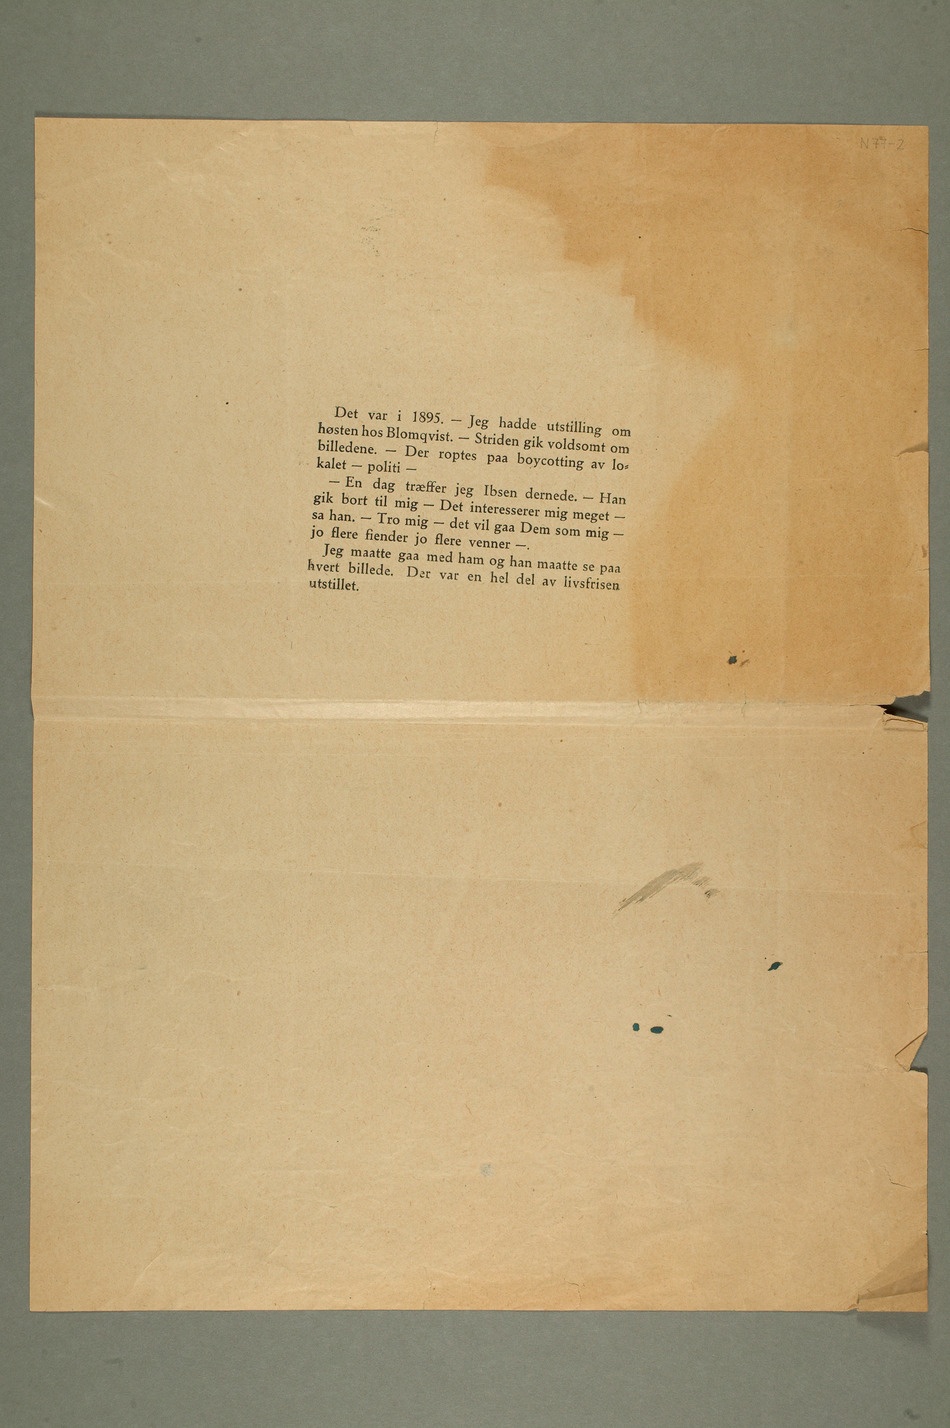
Det var i 1895. – Jeg hadde utstilling om
høsten hos Blomqvist. – Striden gik voldsomt om
kalet – politi –
– En dag træffer jeg Ibsen dernede. – Han
gik bort til mig – Det interesserer mig meget –
sa han. – Tro mig – det vil gaa Dem som mig –
jo flere fiender jo flere venner –.
Jeg maatte gaa med ham og han maatte se paa
hvert billede. Der var en hel del av livsfrisen
utstillet.